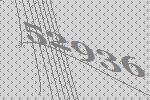
52936